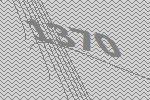
1370